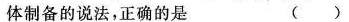
体制备的说法，正确的是 ( )